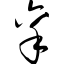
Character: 禀